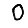
Digit: 0